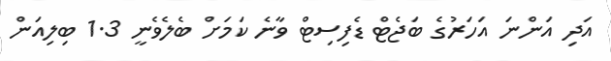
އަދި އަންނަ އަހަރުގެ ބަޖެޓް ޑެފިސިޓް ވާނެ ކަމަށް ބެލެވެނީ 1.3 ބިލިއަން